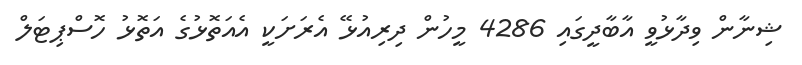
ޝިނާން ވިދާޅުވީ އާބާދީގައި 4286 މީހުން ދިރިއުޅޭ އެރަށަކީ އެއަތޮޅުގެ އަތޮޅު ހޮސްޕިޓަލް